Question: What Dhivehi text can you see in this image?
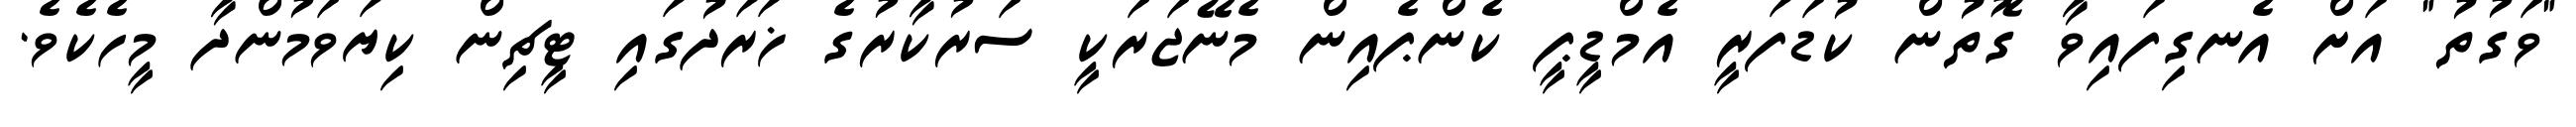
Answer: "ވަގުތު" އަށް އެނގިފައިވާ ގޮތުން ކުޑަފަރީ އެމްޑީޕީ ކެންޕެއިން މެނޭޖަރަކީ ސަރުކާރުގެ ޚަރަދުގައި ޓީޗިން ކިޔަވަމުންދާ މީހެކެވެ.